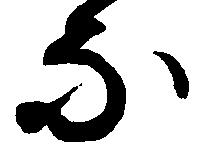
な